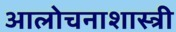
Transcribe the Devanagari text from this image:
आलोचनाशास्त्री